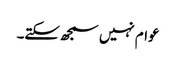
عوام نہیں سمجھ سکتے۔